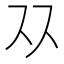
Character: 𬽡